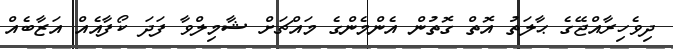
ދިވެހިރާއްޖޭގެ ޙާލަތު އޮތް ގޮތުން އެންމެންގެ މައްޗަށް ޝާމިލްވާ ފަދަ ކޯފާއެއް އަޒާބެއް